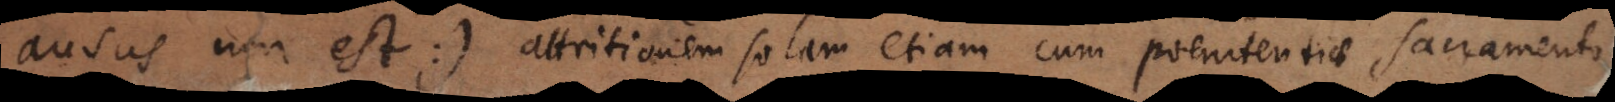
ausus non est:), attritionem solam etiam cum poenitentiae sacramento